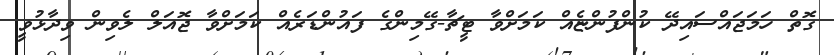
ގޮތް ހަމަޖައްސައިދޭ ކުންފުންޏެއް ކަމަށްވާ ޓީޗާ-ގޭމިންގެ ފައުންޑަރެއް ކަމަށްވާ ޖޮއަލް ލެވިން ވިދާޅުވީ